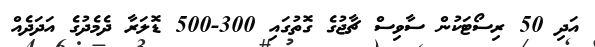
އަދި 50 ރިސޯޓަކުން ސާވިސް ޗާޖުގެ ގޮތުގައި 300-500 ޑޮލަރާ ދެމެދުގެ އަދަދެއް